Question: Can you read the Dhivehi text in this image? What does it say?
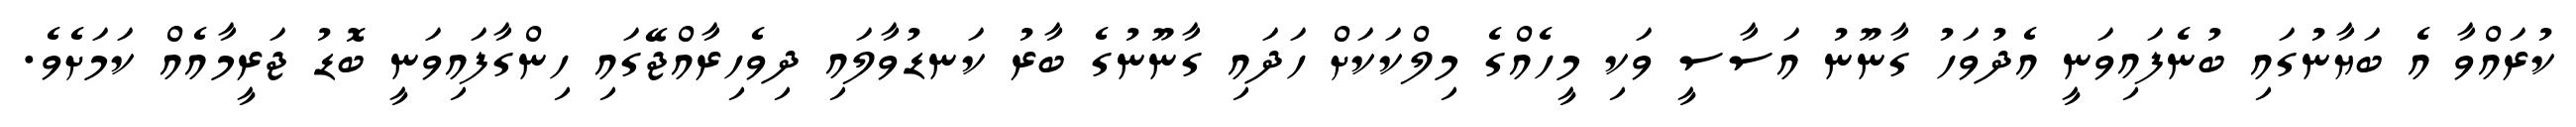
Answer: ކުރައްވާ އެ ބަޔާނުގައި ބުނެފައިވަނީ އެދުވަހު ގާނޫނު އަސާސީ ވަކި މީހެއްގެ މިލްކަކަށް ހަދައި ގާނޫނުގެ ބާރު ކަނޑުވާލައި ދިވެހިރާއްޖޭގައި ހިންގާފައިވަނީ ބޮޑު ޖަރީމާއެއް ކަމަށެވެ.